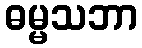
ဓမ္မသဘာ